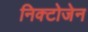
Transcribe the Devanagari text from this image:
निक्टोजेन